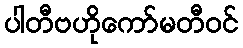
ပါတီဗဟိုကော်မတီဝင်